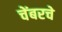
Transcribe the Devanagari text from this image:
चेंबरचे